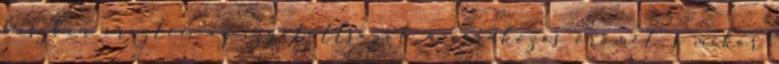
buszban éreztem az izgatottságot, a várakozás örömét, s mikor